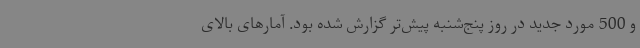
و 500 مورد جدید در روز پنج‌شنبه پیش‌تر گزارش شده بود. آمارهای بالای